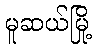
မူဆယ်မြို့